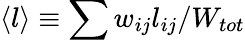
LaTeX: \langle l\rangle\equiv\sum w_{ij}l_{ij}/W_{tot}